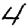
Digit: 4